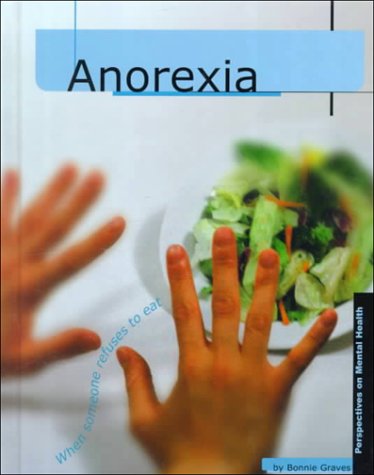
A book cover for Anorexia (Perspectives on Mental Health); Bonnie Graves; Health, Fitness & Dieting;